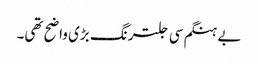
بے ہنگم سی جلترنگ بڑی واضح تھی۔